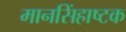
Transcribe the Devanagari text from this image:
मानसिंहाष्टक